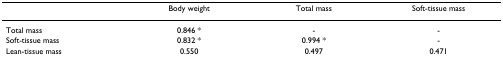
|  | Body weight | Total mass | Soft-tissue mass |
 | --- | --- | --- | --- |
 | Total mass | 0.846 * | - | - |
 | Soft-tissue mass | 0.832 * | 0.994 * | - |
 | Lean-tissue mass | 0.550 | 0.497 | 0.471 |